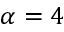
\alpha = 4